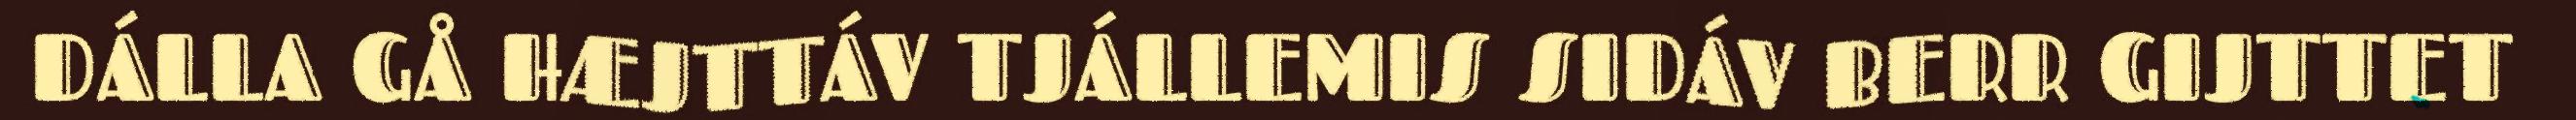
DÁLLA GÅ HÆJTTÁV TJÁLLEMIS SIDÁV BERR GIJTTET